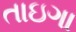
તાઇગા